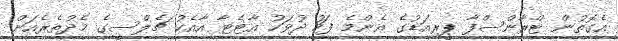
އެގޮތުން ޓްރާންސްފާ ޕީރިއަޑުގެ އެންމެ ފަހު ދުވަހު އާޓެޓާ އާއެކު ޗެލްސީގެ މެދުތެރެއަށް